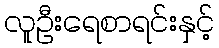
လူဦးရေစာရင်းနှင့်